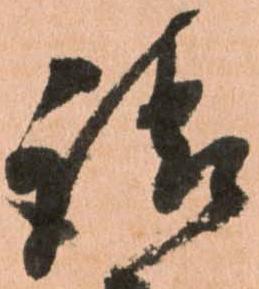
請